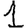
Digit: 1